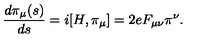
\frac { d \pi _ { \mu } ( s ) } { d s } = i [ H , \pi _ { \mu } ] = 2 e F _ { \mu \nu } \pi ^ { \nu } .